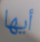
أيها